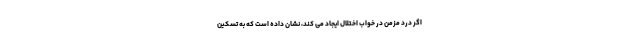
اگر درد مزمن در خواب اختلال ایجاد می کند، نشان داده است که به تسکین